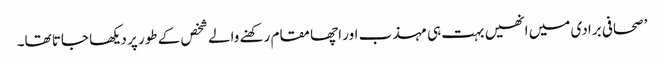
’صحافی برادی میں انھیں بہت ہی مہذب اور اچھا مقام رکھنے والے شخص کے طور پر دیکھا جاتا تھا۔